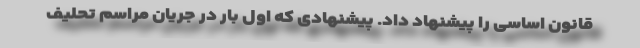
قانون اساسی را پیشنهاد داد. پیشنهادی که اول بار در جریان مراسم تحلیف